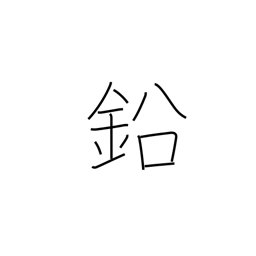
Meaning: lead